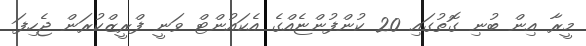
މީރާ އިން ބުނި ގޮތުގައި 20 ކުންފުންޏެއްގެ އެކައުންޓް ވަނީ ފްރީޒްކުރަން ޖެހިފަ